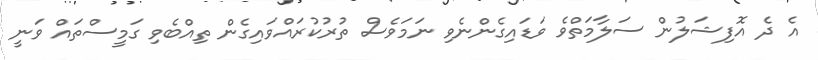
އެ ދެ އޮފިޝަލުން ސަލާމަތްވެ ވަޑައިގެންނެވި ނަމަވެސް ތުރުކުރައްވައިގެން ތިއްބެވި ގަމީސްތައް ވަނީ